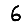
Digit: 6